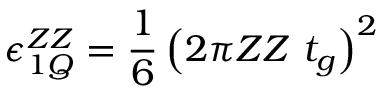
\epsilon _ { 1 Q } ^ { Z Z } = \frac { 1 } { 6 } \left( 2 \pi Z Z \ t _ { g } \right) ^ { 2 }